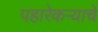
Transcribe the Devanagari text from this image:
पहारेकर्‍याचे